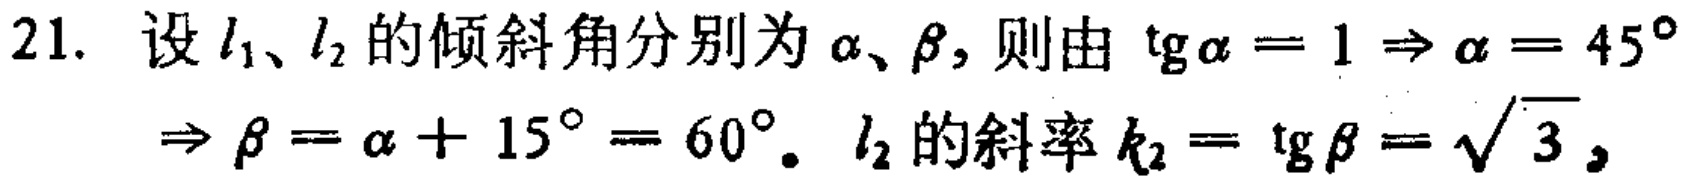
21. 设 \(l_1\)、\(l_2\) 的倾斜角分别为 \(\alpha\)、\(\beta\)，则由 \(\mathrm{tg}\alpha = 1 \Rightarrow \alpha = 45^{\circ}\)
\(\Rightarrow \beta=\alpha + 15^{\circ}=60^{\circ}\)。\(l_2\) 的斜率 \(k_2 = \mathrm{tg}\beta=\sqrt{3}\)，